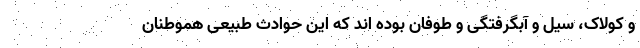
و کولاک، سیل و آبگرفتگی و طوفان بوده اند که این حوادث طبیعی هموطنان